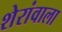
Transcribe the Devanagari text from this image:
शेरांवाला